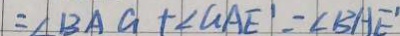
= \angle B A G + \angle G A E ^ { \prime } - \angle B A E ^ { \prime }